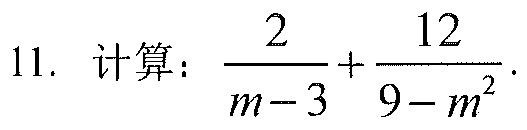
11. 计算：\(\frac{2}{m - 3}+\frac{12}{9 - m^{2}}\).